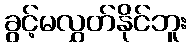
ခွင့်မလွှတ်နိုင်ဘူး